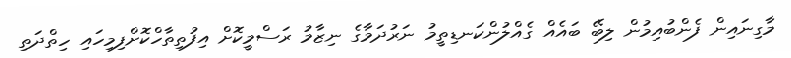
މާގިނައިން ފެންބުއިމުން ލިބޭ ބައެއް ގެއްލުންކަނޑިތީމު ނަރުދަމާގެ ނިޒާމު ރަސްމީކޮށް އިފުތިތާހްކޮށްފިމިހައި ހިތްދަތި